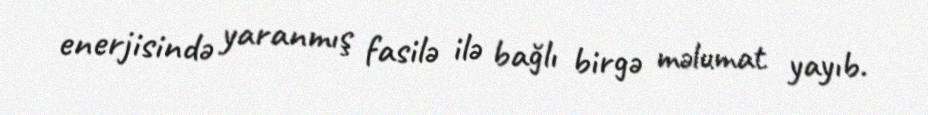
enerjisində yaranmış fasilə ilə bağlı birgə məlumat yayıb.